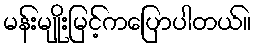
မန်းမျိုးမြင့်ကပြောပါတယ်။